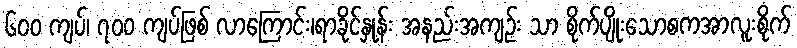
၆၀၀ ကျပ်၊ ၇၀၀ ကျပ်ဖြစ် လာကြောင်း၊ရာခိုင်နှုန်း အနည်းအကျဉ်း သာ စိုက်ပျိုးသောစကအာလူးစိုက်